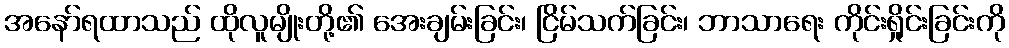
အနော်ရထာသည် ထိုလူမျိုးတို့၏ အေးချမ်းခြင်း၊ ငြိမ်သက်ခြင်း၊ ဘာသာရေး ကိုင်းရှိုင်းခြင်းကို